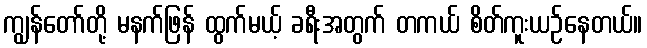
ကျွန်တော်တို့ မနက်ဖြန် ထွက်မယ့် ခရီးအတွက် တကယ် စိတ်ကူးယဉ်နေတယ်။